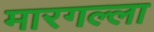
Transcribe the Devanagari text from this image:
मारगल्ला